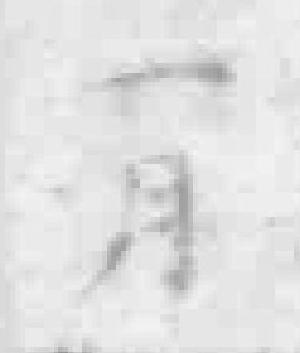
一月